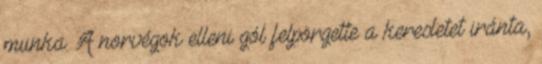
munka. A norvégok elleni gól felpörgette a keresletet iránta,